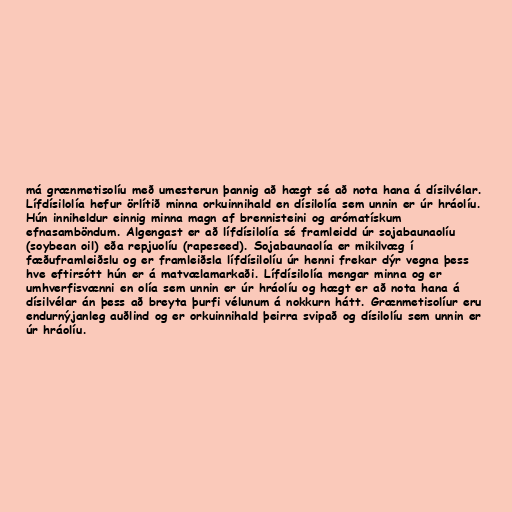
má grænmetisolíu með umesterun þannig að hægt sé að nota hana á dísilvélar.
Lífdísilolía hefur örlítið minna orkuinnihald en dísilolía sem unnin er úr hráolíu.
Hún inniheldur einnig minna magn af brennisteini og arómatískum
efnasamböndum. Algengast er að lífdísilolía sé framleidd úr sojabaunaolíu
(soybean oil) eða repjuolíu (rapeseed). Sojabaunaolía er mikilvæg í
fæðuframleiðslu og er framleiðsla lífdísilolíu úr henni frekar dýr vegna þess
hve eftirsótt hún er á matvælamarkaði. Lífdísilolía mengar minna og er
umhverfisvænni en olía sem unnin er úr hráolíu og hægt er að nota hana á
dísilvélar án þess að breyta þurfi vélunum á nokkurn hátt. Grænmetisolíur eru
endurnýjanleg auðlind og er orkuinnihald þeirra svipað og dísilolíu sem unnin er
úr hráolíu.